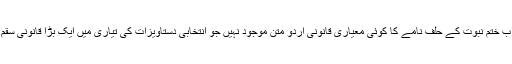
یعنی اب ختم نبوت کے حلف نامے کا کوئی معیاری قانونی اردو متن موجود نہیں جو انتخابی دستاویزات کی تیاری میں ایک بڑا قانونی سقم ہو گا۔